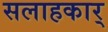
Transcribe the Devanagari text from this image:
सलाहकार्